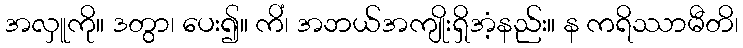
အလှူကို။ ဒတွာ၊ ပေး၍။ ကိံ၊ အဘယ်အကျိုးရှိအံ့နည်း။ န ကရိဿာမီတိ၊